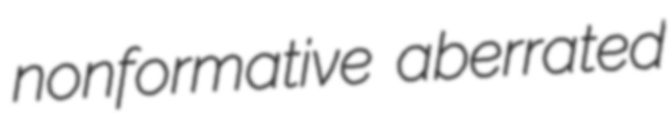
nonformative aberrated